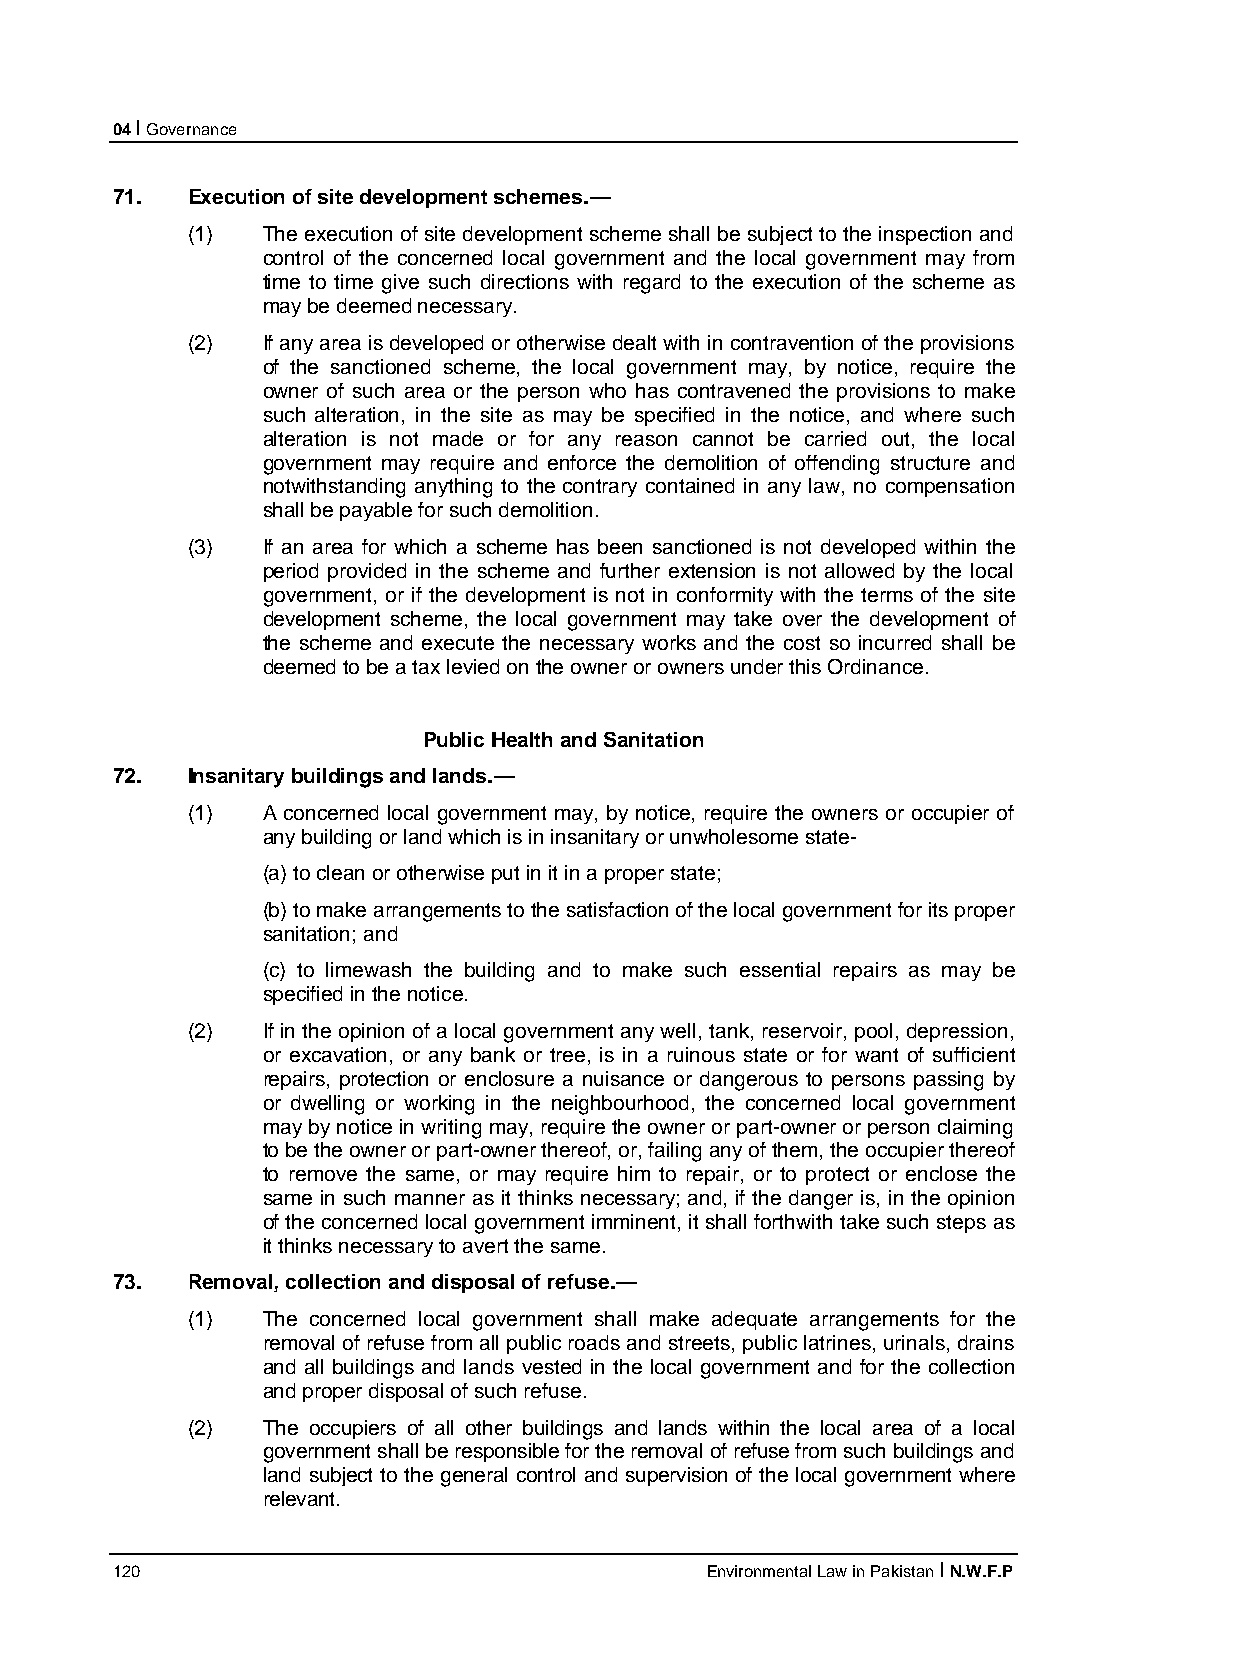
04 I Governance
 71.  Execution of site development schemes.—
 (1)  The execution of site development scheme shall be subject to the inspection and
 control of the concerned local government and the local government may from
 time to time give such directions with regard to the execution of the scheme as
 may be deemed necessary.
 (2)  If any area is developed or otherwise dealt with in contravention of the provisions
 of the sanctioned scheme, the local government may, by notice, require the
 owner of such area or the person who has contravened the provisions to make
 such alteration, in the site as may be specified in the notice, and where such
 alteration is not made or for any reason cannot be carried out, the local
 government may require and enforce the demolition of offending structure and
 notwithstanding anything to the contrary contained in any law, no compensation
 shall be payable for such demolition.
 (3)  If an area for which a scheme has been sanctioned is not developed within the
 period provided in the scheme and further extension is not allowed by the local
 government, or if the development is not in conformity with the terms of the site
 development scheme, the local government may take over the development of
 the scheme and execute the necessary works and the cost so incurred shall be
 deemed to be a tax levied on the owner or owners under this Ordinance.
 Public Health and Sanitation
 72.  Insanitary buildings and lands.—
 (1)  A concerned local government may, by notice, require the owners or occupier of
 any building or land which is in insanitary or unwholesome state-
 (a) to clean or otherwise put in it in a proper state;
 (b) to make arrangements to the satisfaction of the local government for its proper
 sanitation; and
 (c) to limewash the building and to make such essential repairs as may be
 specified in the notice.
 (2)  If in the opinion of a local government any well, tank, reservoir, pool, depression,
 or excavation, or any bank or tree, is in a ruinous state or for want of sufficient
 repairs, protection or enclosure a nuisance or dangerous to persons passing by
 or dwelling or working in the neighbourhood, the concerned local government
 may by notice in writing may, require the owner or part-owner or person claiming
 to be the owner or part-owner thereof, or, failing any of them, the occupier thereof
 to remove the same, or may require him to repair, or to protect or enclose the
 same in such manner as it thinks necessary; and, if the danger is, in the opinion
 of the concerned local government imminent, it shall forthwith take such steps as
 it thinks necessary to avert the same.
 73.  Removal, collection and disposal of refuse.—
 (1)  The concerned local government shall make adequate arrangements for the
 removal of refuse from all public roads and streets, public latrines, urinals, drains
 and all buildings and lands vested in the local government and for the collection
 and proper disposal of such refuse.
 (2)  The occupiers of all other buildings and lands within the local area of a local
 government shall be responsible for the removal of refuse from such buildings and
 land subject to the general control and supervision of the local government where
 relevant.
 120                                     Environmental Law in Pakistan I N.W.F.P